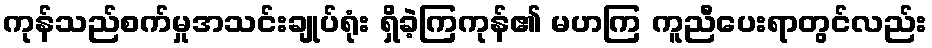
ကုန်သည်စက်မှုအသင်းချုပ်ရုံး ရှိခဲ့ကြကုန်၏ မဟကြ ကူညီပေးရာတွင်လည်း